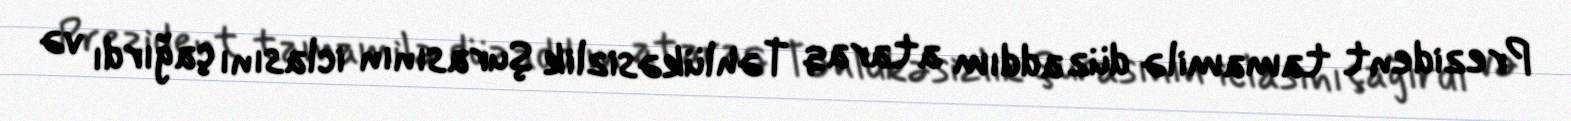
Prezident tamamilə düz addım ataraq Təhlükəsizlik Şurasının iclasını çağırdı və